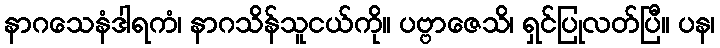
နာဂသေနံဒါရကံ၊ နာဂသိန်သူငယ်ကို။ ပဗ္ဗာဇေသိ၊ ရှင်ပြုလတ်ပြီ။ ပန၊